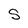
Character: S